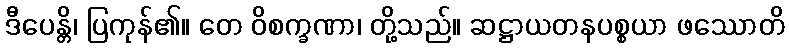
ဒီပေန္တိ၊ ပြကုန်၏။ တေ ဝိစက္ခဏာ၊ တို့သည်။ ဆဋ္ဌာယတနပစ္စယာ ဖဿောတိ